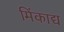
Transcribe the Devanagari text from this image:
मिंकाद्य